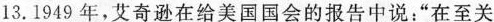
13.1949年，艾奇逊在给美国国会的报告中说：”在至关